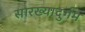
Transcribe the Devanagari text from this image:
सारख्यादुर्गम